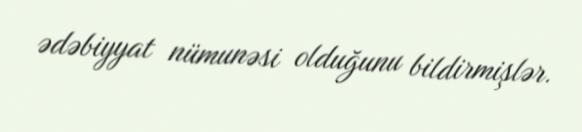
ədəbiyyat nümunəsi olduğunu bildirmişlər.